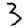
Digit: 3